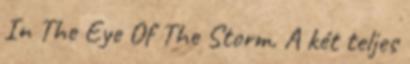
In The Eye Of The Storm. A két teljes